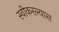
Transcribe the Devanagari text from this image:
स्वीकरल्यास